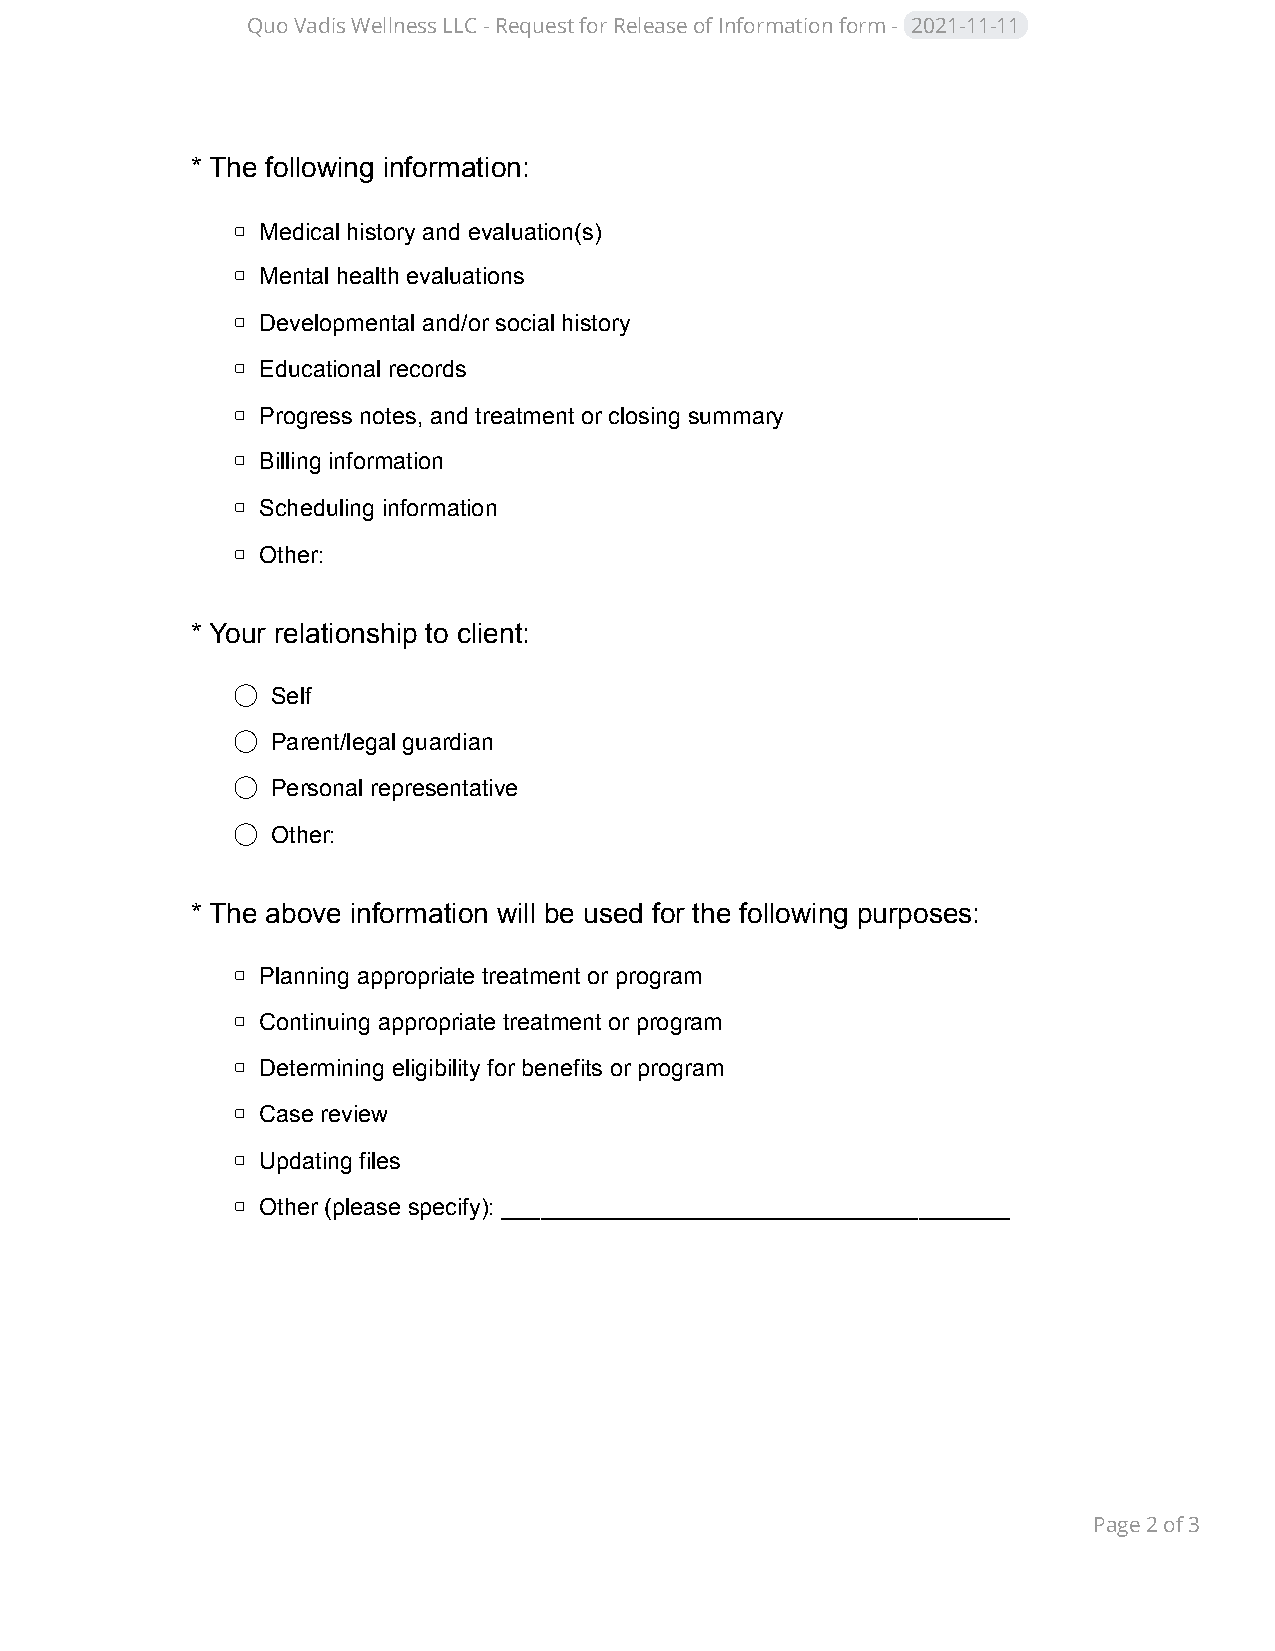
Quo Vadis Wellness LLC - Request for Release of Information form - 2021-11-11
 * The following information:
 ▢ Medical history and evaluation(s)
 ▢ Mental health evaluations
 ▢ Developmental and/or social history
 ▢ Educational records
 ▢ Progress notes, and treatment or closing summary
 ▢ Billing information
 ▢ Scheduling information
 ▢ Other:
 * Your relationship to client:
 ◯ Self
 ◯ Parent/legal guardian
 ◯ Personal representative
 ◯ Other:
 * The above information will be used for the following purposes:
 ▢ Planning appropriate treatment or program
 ▢ Continuing appropriate treatment or program
 ▢ Determining eligibility for benefits or program
 ▢ Case review
 ▢ Updating files
 ▢ Other (please specify): _______________________________________
 Page2of3